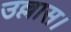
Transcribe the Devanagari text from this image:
उल्लास।